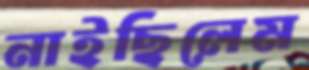
নাইছিলেম